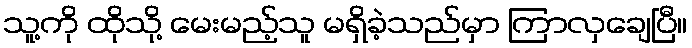
သူ့ကို ထိုသို့ မေးမည့်သူ မရှိခဲ့သည်မှာ ကြာလှချေပြီ။